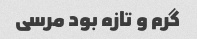
گرم و تازه بود مرسی